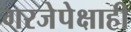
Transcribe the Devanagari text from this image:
गरजेपेक्षाही